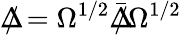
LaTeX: \Delta\! \! \! \! /=\Omega^{1/2}{\bar{\Delta}}\! \! \! \! /\Omega^{1/2}